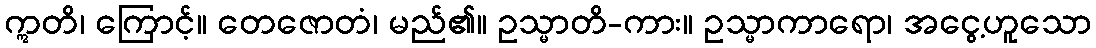
ဣတိ၊ ကြောင့်။ တေဇောတံ၊ မည်၏။ ဥသ္မာတိ-ကား။ ဥသ္မာကာရော၊ အငွေ့ဟူသော